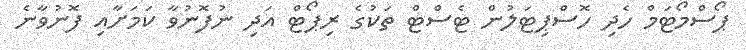
ޕޯސްމޯޓަމް ހެދި ހޮސްޕިޓަލުން ޓެސްޓް ތަކުގެ ރިޕޯޓް އަދި ނުފޮނުވާ ކަމަށާއި ފޮނުވާނެ